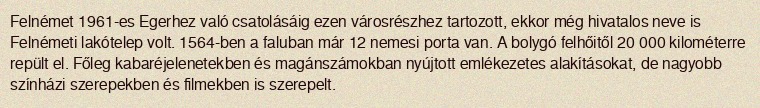
Felnémet 1961-es Egerhez való csatolásáig ezen városrészhez tartozott, ekkor még hivatalos neve is Felnémeti lakótelep volt. 1564-ben a faluban már 12 nemesi porta van. A bolygó felhőitől 20 000 kilométerre repült el. Főleg kabaréjelenetekben és magánszámokban nyújtott emlékezetes alakításokat, de nagyobb színházi szerepekben és filmekben is szerepelt.